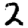
Digit: 2